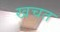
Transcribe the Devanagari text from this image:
खचत